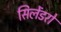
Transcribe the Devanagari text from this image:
सिलेंडरो